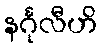
နင်္ဂုလီဟိ